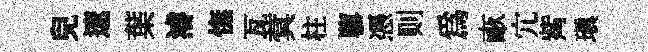
兒遼葉濬憮瓦蓂柱隳憑则爲畞宂觜瑱